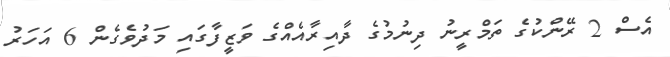
އެސް 2 ރޭންކުގެ ތަމްރީނު ދިނުމުގެ ދާއިރާއެއްގެ ވަޒީފާގައި މަދުވެގެން 6 އަހަރު